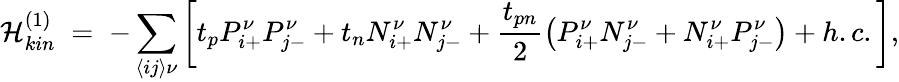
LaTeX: \mathcal{H}_{kin}^{(1)}\; =\; -\sum_{\left\langle ij\right\rangle\nu}\left[t_{p}P_{i{+}}^{\nu}P_{j{-}}^{\nu}+t_{n}N_{i{+}}^{\nu}N_{j{-}}^{\nu}+\frac{t_{pn}}{2}\left(P_{i{+}}^{\nu}N_{j{-}}^{\nu}+N_{i{+}}^{\nu}P_{j{-}}^{\nu}\right)+h.c.\right],